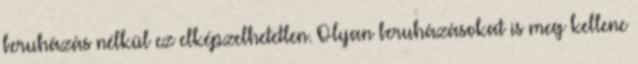
beruházás nélkül ez elképzelhetetlen. Olyan beruházásokat is meg kellene